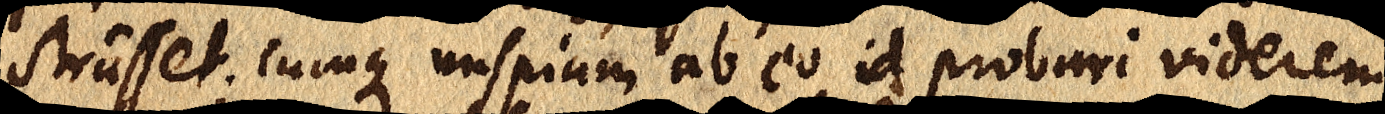
strasset. Cumque nuspiam ab eo id probari viderem,